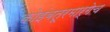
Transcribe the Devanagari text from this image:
कोइंबतूरमार्गेच